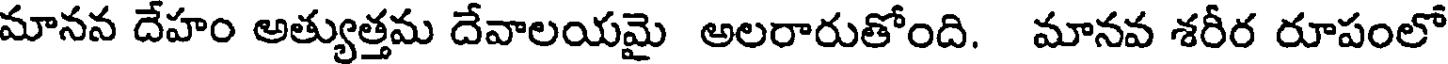
మానన దేహం అత్యుత్తమ దేవాలయమై అలరారుతోంది. మానవ శరీర రూపంలో